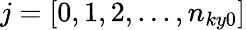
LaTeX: j=[0,1,2,...,n_{ky0}]